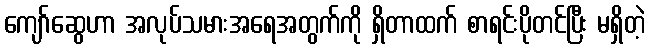
ကျော်ဆွေဟာ အလုပ်သမားအရေအတွက်ကို ရှိတာထက် စာရင်းပိုတင်ပြီး မရှိတဲ့